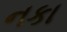
નકા